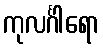
ကုလင်္ဂါရော